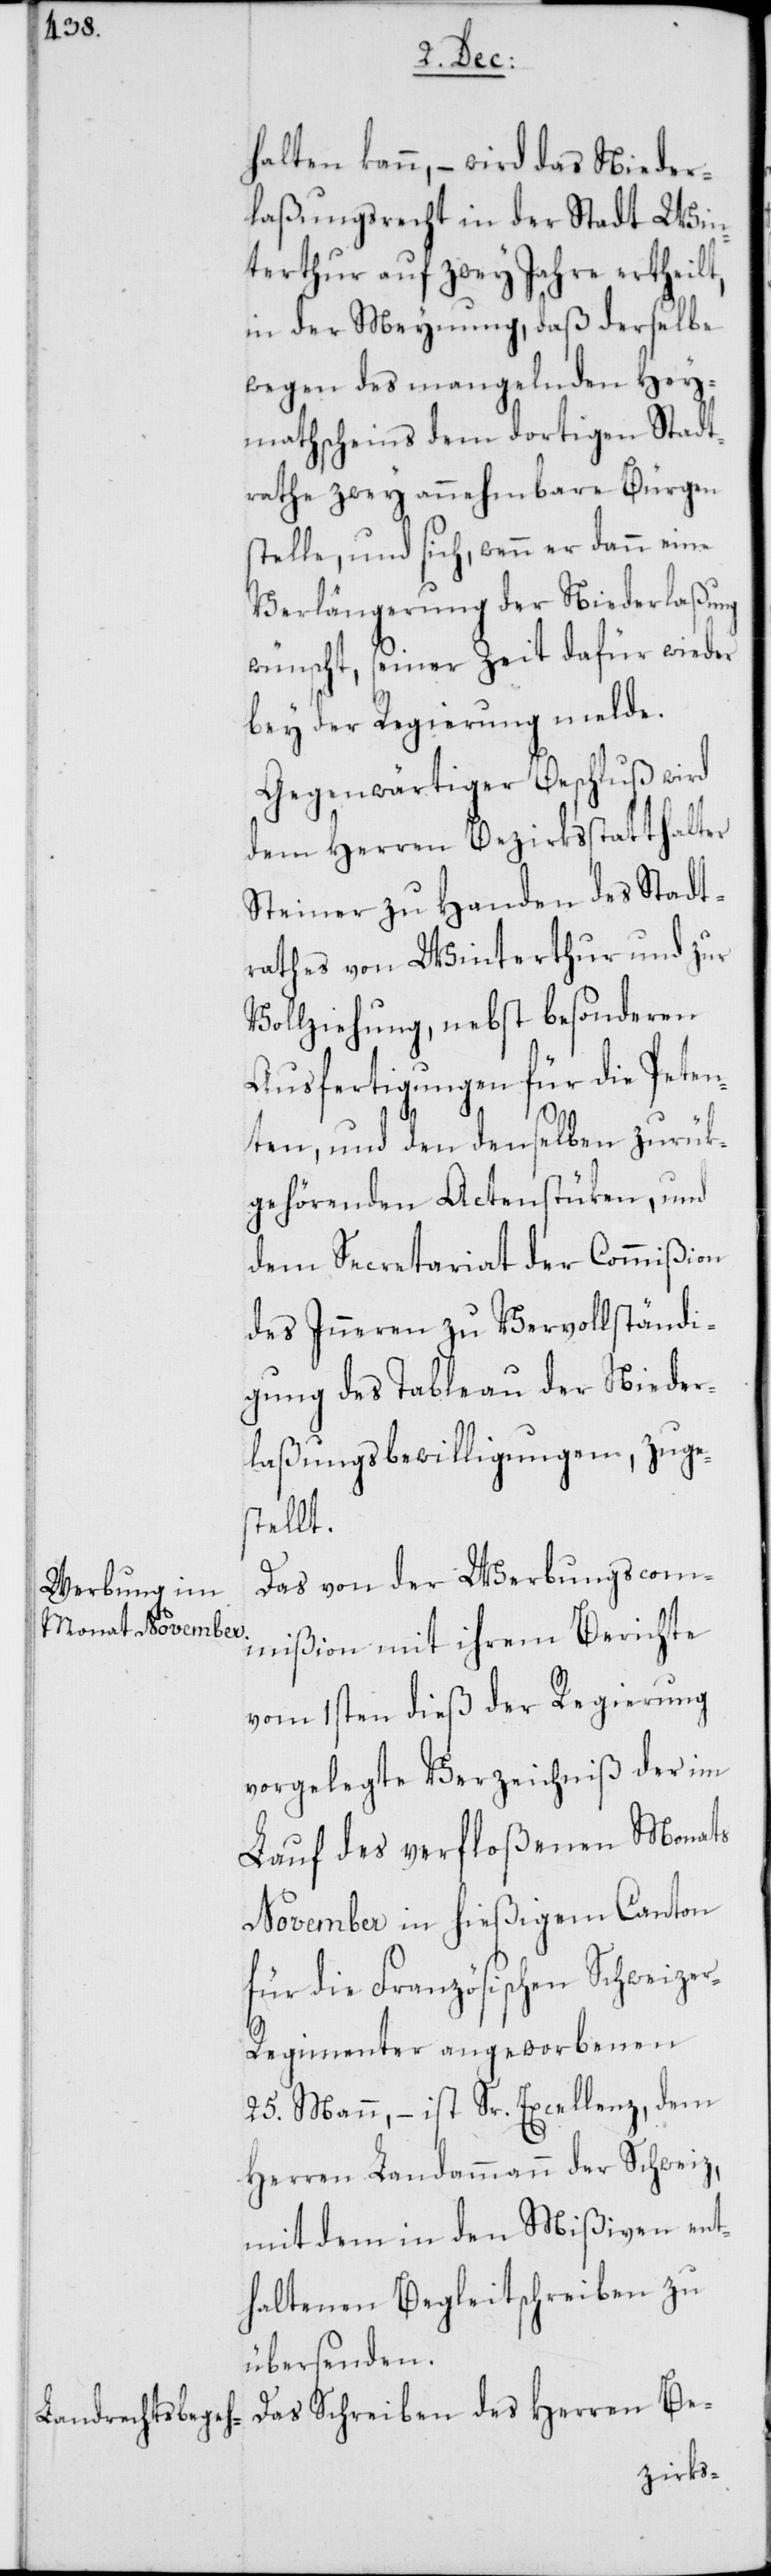
halten kann, – wird das Nieder¬
laßungsrecht in der Stadt Win¬
terthur auf zwey Jahre ertheilt,
in der Meynung, daß derselbe
wegen des mangelnden Hey¬
mathscheins dem dortigen Stadt¬
rathe zwey annehmbare Bürgen
stelle, und sich, wenn er dann eine
Verlängerung der Niederlaßung
wünscht, seiner Zeit dafür wieder
bey der Regierung melde.
Gegenwärtiger Beschluß wird
dem Herren Bezirksstatthalter
Steiner zu Handen des Stadt¬
rathes von Winterthur und zur
Vollziehung, nebst besonderen
Ausfertigungen für die Peten¬
ten, und den denselben zurük¬
gehörenden Actenstüken, und
dem Secretariat der Commißion
des Inneren zu Vervollständi¬
gung des Tableau der Nieder¬
laßungsbewilligungen zuge¬
stellt.
Das von der Werbungscom¬
mißion mit ihrem Berichte
vom 1sten dieß der Regierung
vorgelegte Verzeichniß der im
Lauf des verfloßenen Monats
November in hießigem Canton
für die Französischen Schweize¬
r-Regimenter angeworbenen
25. Mann, – ist Sr. Excellenz, dem
Herren Landammann der Schweiz,
mit dem in der Mißiven ent¬
haltenen Begleitschreiben zu
übersenden.
Das Schreiben des Herren Be-